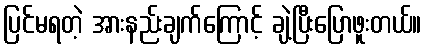
ပြင်မရတဲ့ အားနည်းချက်ကြောင့် ချဲ့ပြီးပြောဖူးတယ်။